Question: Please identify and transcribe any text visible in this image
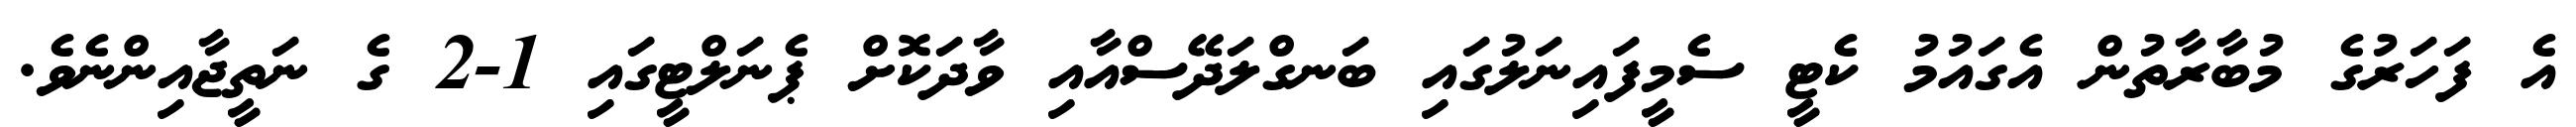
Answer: އެ ފަހަރުގެ މުބާރާތުން އެގައުމު ކެޓީ ސެމީފައިނަލުގައި ބަނގްލަދޭސްއާއި ވާދަކޮށް ޕެނަލްޓީގައި 1-2 ގެ ނަތީޖާއިންނެވެ.